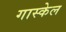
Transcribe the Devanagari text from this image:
गास्केल